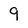
Character: 9